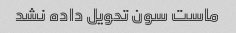
ماست سون تحویل داده نشد